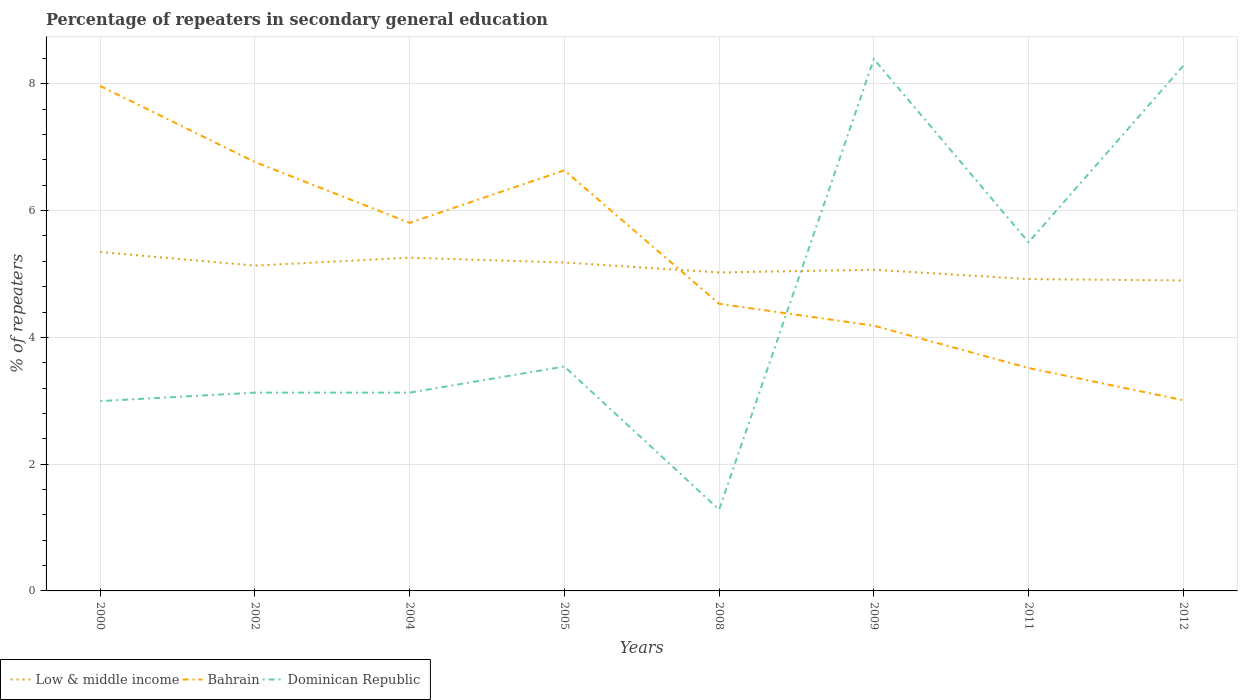
| Years | Low & middle income | Bahrain | Dominican Republic |
 | --- | --- | --- | --- |
 | 2000 | 5.35 | 7.97 | 2.99 |
 | 2002 | 5.13 | 6.77 | 3.13 |
 | 2004 | 5.26 | 5.81 | 3.13 |
 | 2005 | 5.18 | 6.64 | 3.54 |
 | 2008 | 5.02 | 4.53 | 1.28 |
 | 2009 | 5.07 | 4.18 | 8.39 |
 | 2011 | 4.92 | 3.52 | 5.5 |
 | 2012 | 4.9 | 3.01 | 8.29 |